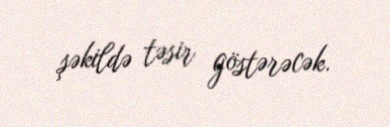
şəkildə təsir göstərəcək.